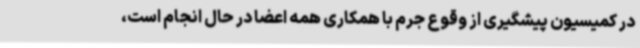
در کمیسیون پیشگیری از وقوع جرم با همکاری همه اعضا در حال انجام است،